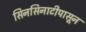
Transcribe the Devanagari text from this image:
सिनसिनाटीपासून